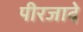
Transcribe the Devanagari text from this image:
पीरजादे